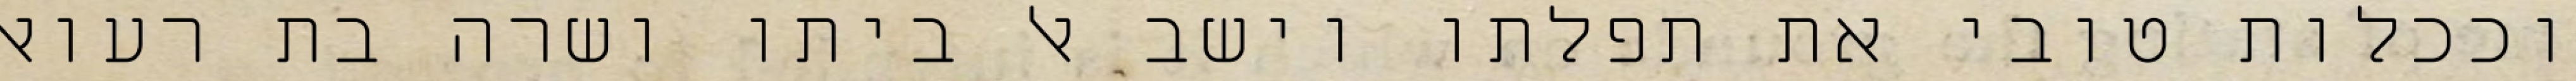
וככלות טובי את תפלתו וישב אל ביתו ושרה בת רעואל